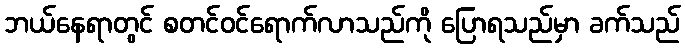
ဘယ်နေရာတွင် စတင်ဝင်ရောက်လာသည်ကို ပြောရသည်မှာ ခက်သည်